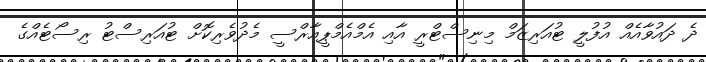
ދެ ދައުވާއެއް އުފުލީ ޓުއަރިޒަމް މިނިސްޓްރީ އާއި އެމްއެމްޕީއާރްސީ މެދުވެރިކޮށް ޓުއަރިސްޓު ރިސޯޓެއްގެ